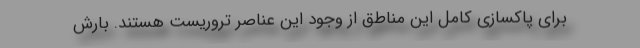
برای پاکسازی کامل این مناطق از وجود این عناصر تروریست هستند. بارش